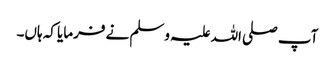
آپ صلی اللہ علیہ وسلم نے فرمایا کہ ہاں۔